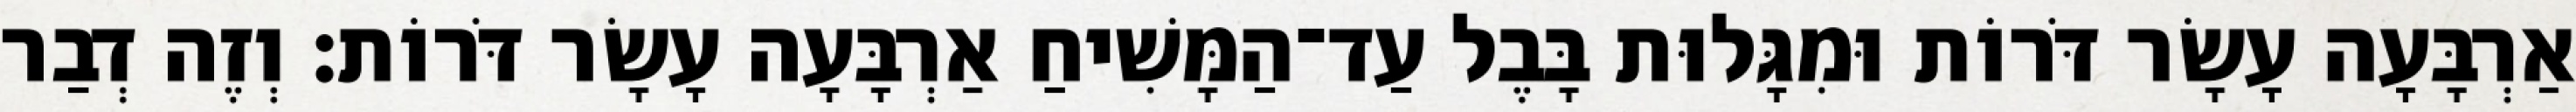
אַרְבָּעָה עָשָׂר דֹּרוֹת וּמִגָּלוּת בָּבֶל עַד־הַמָּשִׁיחַ אַרְבָּעָה עָשָׂר דֹּרוֹת׃ וְזֶה דְבַר